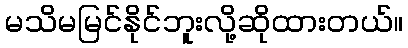
မသိမမြင်နိုင်ဘူးလို့ဆိုထားတယ်။